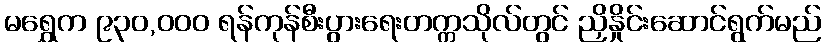
မရွှေက ၉၃၀,ဝဝဝ ရန်ကုန်စီးပွားရေးတက္ကသိုလ်တွင် ညှိနှိုင်းဆောင်ရွက်မည်